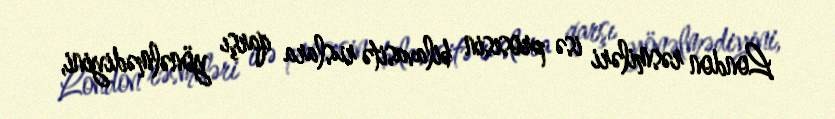
London rəsmiləri isə prosesin bilavasitə ruslara qarşı yönəlmədiyini,